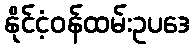
နိုင်ငံ့ဝန်ထမ်းဥပဒေ